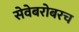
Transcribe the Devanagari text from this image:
सेवेबरोबरच